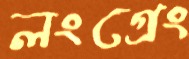
লংগ্রেং